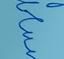
Signature authenticity: forged